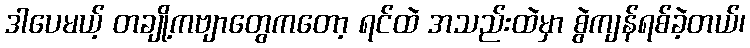
ဒါပေမယ့် တချို့ကဗျာတွေကတော့ ရင်ထဲ အသည်းထဲမှာ စွဲကျန်ရစ်ခဲ့တယ်၊